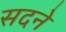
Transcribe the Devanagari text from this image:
सदने